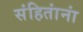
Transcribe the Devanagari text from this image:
संहितांनां